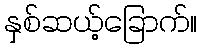
နှစ်ဆယ့်ခြောက်။